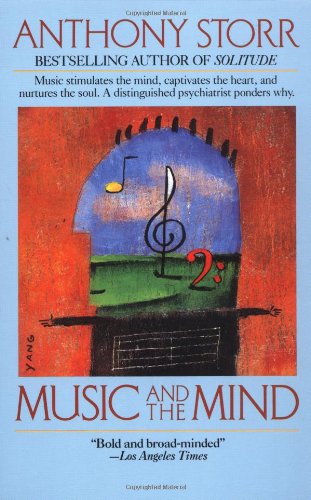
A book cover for Music and the Mind; Anthony Storr; Medical Books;